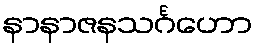
နာနာဇနသင်္ဂဟော